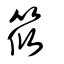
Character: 筱